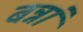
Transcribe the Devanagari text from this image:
बन्नां